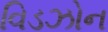
વિડઝોન